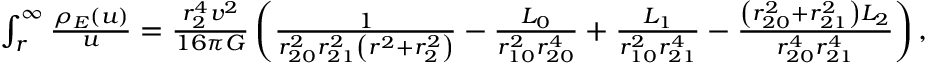
\begin{array} { r } { \int _ { r } ^ { \infty } \d u \frac { \rho _ { E } ( u ) } { u } = \frac { r _ { 2 } ^ { 4 } v ^ { 2 } } { 1 6 \pi G } \left( \frac { 1 } { r _ { 2 0 } ^ { 2 } r _ { 2 1 } ^ { 2 } \left( r ^ { 2 } + r _ { 2 } ^ { 2 } \right) } - \frac { L _ { 0 } } { r _ { 1 0 } ^ { 2 } r _ { 2 0 } ^ { 4 } } + \frac { L _ { 1 } } { r _ { 1 0 } ^ { 2 } r _ { 2 1 } ^ { 4 } } - \frac { \left( r _ { 2 0 } ^ { 2 } + r _ { 2 1 } ^ { 2 } \right) L _ { 2 } } { r _ { 2 0 } ^ { 4 } r _ { 2 1 } ^ { 4 } } \right) , } \end{array}